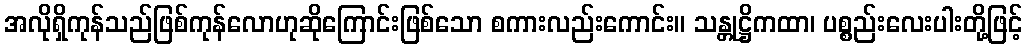
အလိုရှိကုန်သည်ဖြစ်ကုန်လောဟုဆိုကြောင်းဖြစ်သော စကားလည်းကောင်း။ သန္တုဋ္ဌိကထာ၊ ပစ္စည်းလေးပါးတို့ဖြင့်